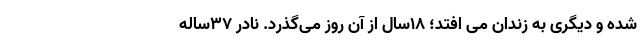
شده و دیگری به زندان می افتد؛ ۱۸سال از آن روز می‌گذرد. نادر ۳۷ساله